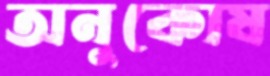
অনুকোষ